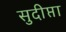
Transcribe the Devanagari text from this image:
सुदीप्ता